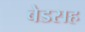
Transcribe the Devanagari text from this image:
बेडसह